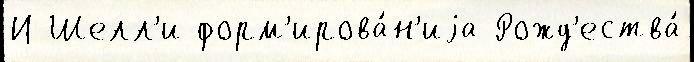
И Шелл'и форм'ирова́н'иjа Рожд'ества́